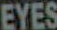
EYES